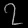
Digit: ၇